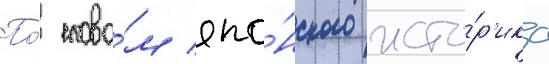
По́ слова́м япо́нского исто́р'ика